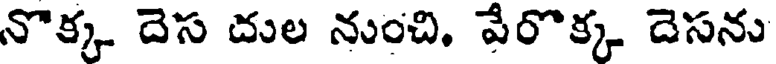
నొక్క దెస దుల నుంచి. వేరొక్క దెసను